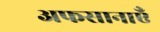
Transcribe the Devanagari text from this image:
अफसानाएँ